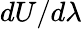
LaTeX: dU/d\lambda